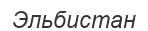
Эльбистан